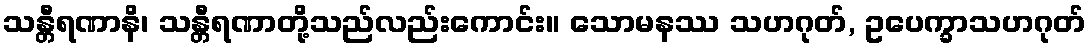
သန္တီရဏာနိ၊ သန္တီရဏာတို့သည်လည်းကောင်း။ သောမနဿ သဟဂုတ်, ဥပေက္ခာသဟဂုတ်